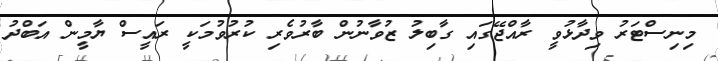
މިނިސްޓަރު ވިދާޅުވީ ރާއްޖޭގައި ގާބިލު ޒުވާނުން ބާރުވެރި ކުރުވުމަކީ ރައީސް ޔާމީން އަބްދު